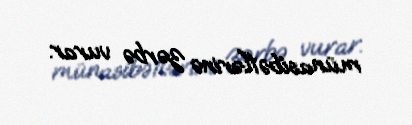
münasibətlərinə zərbə vurar.